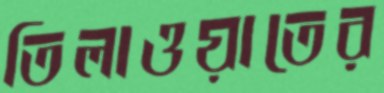
তিলাওয়াতের